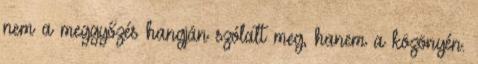
nem a meggyőzés hangján szólalt meg, hanem a közönyén.